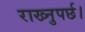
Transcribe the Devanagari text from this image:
राख्नुपर्छ।